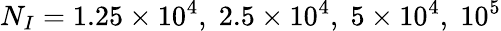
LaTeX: N_{I}=1.25\times 10^{4},\; 2.5\times 10^{4},\; 5\times 10^{4},\; 10^{5}